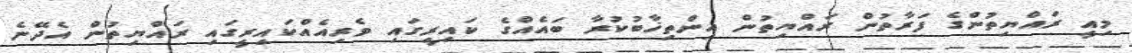
މިއީ ރައްޔިތުންގެ ފަރާތުން ރައްޔިތުން އިންތިޚާބުކުރާ ބައެއްގެ ކައިރީގައި ވެރިއެއްކައިރީގައި ރައްޔިތުން އެދޭނެ